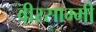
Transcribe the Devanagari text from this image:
वीरसाम्मी